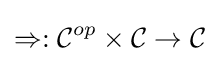
\Rightarrow :{\mathcal {C}}^{op}\times {\mathcal {C}}\to {\mathcal {C}}